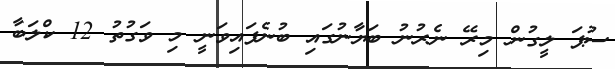
ސުޕަ ލީގުން މިރޭ ނެރުނު ބަޔާނުގައި ބުނެފައިވަނީ މި ވަގުތު 12 ކްލަބާ